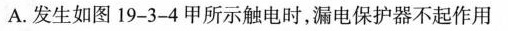
A.发生如图19-3-4甲所示触电时，漏电保护器不起作用